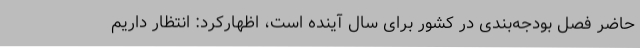
حاضر فصل بودجه‌بندی در کشور برای سال آینده است، اظهارکرد: انتظار داریم